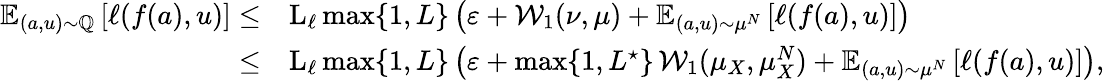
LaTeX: \begin{array}{rl}{\boldsymbol{\mathbb{E}}_{(a,u)\sim\mathbb{Q}}\left[\ell(f(a),u)\right]\le}&{\operatorname{L}_{\ell}\operatorname*{max}\{ 1,L\} \, \big(\varepsilon+\mathcal{W}_{1}(\nu,\mu)+\boldsymbol{\mathbb{E}}_{(a,u)\sim\mu^{N}}\left[\ell(f(a),u)\right]\big)}\\ {\le}&{\operatorname{L}_{\ell}\operatorname*{max}\{ 1,L\} \, \big(\varepsilon+\operatorname*{max}\{ 1,L^{\star}\} \, \mathcal{W}_{1}(\mu_{X},\mu_{X}^{N})+\boldsymbol{\mathbb{E}}_{(a,u)\sim\mu^{N}}\left[\ell(f(a),u)\right]\big),}\end{array}